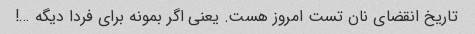
تاریخ انقضای نان تست امروز هست. یعنی اگر بمونه برای فردا دیگه …!